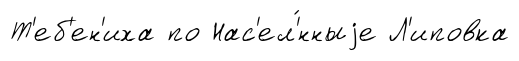
Т'еб'ен'иха по Нас'ел'́нныjе Л'иповка